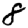
Digit: 8